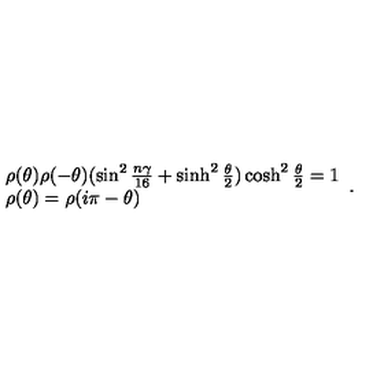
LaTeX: \begin{array} { l } { \rho ( \theta ) \rho ( - \theta ) ( \sin ^ { 2 } \frac { n \gamma } { 1 6 } + \sinh ^ { 2 } \frac { \theta } { 2 } ) \cosh ^ { 2 } \frac { \theta } { 2 } = 1 \vspace { 3 m m } } \\ { \rho ( \theta ) = \rho ( i \pi - \theta ) } \\ \end{array} .